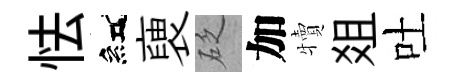
怯紅褏砭加犢爼吐